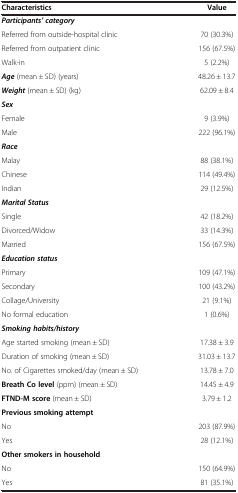
<table><thead><tr><td><b>Characteristics</b></td><td><b>Value</b></td></tr></thead><tbody><tr><td><b><i>Participants’ category</i></b></td><td> </td></tr><tr><td>Referred from outside-hospital clinic</td><td>70 (30.3%)</td></tr><tr><td>Referred from outpatient clinic</td><td>156 (67.5%)</td></tr><tr><td>Walk-in</td><td>5 (2.2%)</td></tr><tr><td><b><i>Age</i></b> (mean ± SD) (years)</td><td>48.26 ± 13.7</td></tr><tr><td><b><i>Weight</i></b> (mean ± SD) (kg)</td><td>62.09 ± 8.4</td></tr><tr><td><b><i>Sex</i></b></td><td> </td></tr><tr><td>Female</td><td>9 (3.9%)</td></tr><tr><td>Male</td><td>222 (96.1%)</td></tr><tr><td><b><i>Race</i></b></td><td> </td></tr><tr><td>Malay</td><td>88 (38.1%)</td></tr><tr><td>Chinese</td><td>114 (49.4%)</td></tr><tr><td>Indian</td><td>29 (12.5%)</td></tr><tr><td><b><i>Marital Status</i></b></td><td> </td></tr><tr><td>Single</td><td>42 (18.2%)</td></tr><tr><td>Divorced/Widow</td><td>33 (14.3%)</td></tr><tr><td>Married</td><td>156 (67.5%)</td></tr><tr><td><b><i>Education status</i></b></td><td> </td></tr><tr><td>Primary</td><td>109 (47.1%)</td></tr><tr><td>Secondary</td><td>100 (43.2%)</td></tr><tr><td>Collage/University</td><td>21 (9.1%)</td></tr><tr><td>No formal education</td><td>1 (0.6%)</td></tr><tr><td><b><i>Smoking habits/history</i></b></td><td> </td></tr><tr><td>Age started smoking (mean ± SD)</td><td>17.38 ± 3.9</td></tr><tr><td>Duration of smoking (mean ± SD)</td><td>31.03 ± 13.7</td></tr><tr><td>No. of Cigarettes smoked/day (mean ± SD)</td><td>13.78 ± 7.0</td></tr><tr><td><b>Breath Co level</b> (ppm) (mean ± SD)</td><td>14.45 ± 4.9</td></tr><tr><td><b>FTND-M score</b> (mean ± SD)</td><td>3.79 ± 1.2</td></tr><tr><td><b>Previous smoking attempt</b></td><td> </td></tr><tr><td>No</td><td>203 (87.9%)</td></tr><tr><td>Yes</td><td>28 (12.1%)</td></tr><tr><td><b>Other smokers in household</b></td><td> </td></tr><tr><td>No</td><td>150 (64.9%)</td></tr><tr><td>Yes</td><td>81 (35.1%)</td></tr></tbody></table>